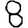
Digit: 8